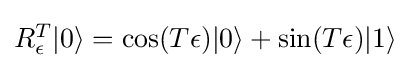
{\textstyle R_{\epsilon }^{T}|0\rangle =\cos(T\epsilon )|0\rangle +\sin(T\epsilon )|1\rangle }